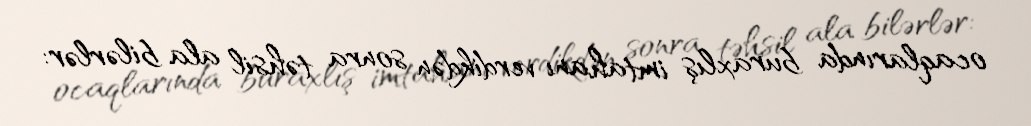
ocaqlarında buraxlış imtahanı verdikdən sonra təhsil ala bilərlər: